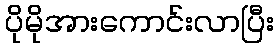
ပိုမိုအားကောင်းလာပြီး